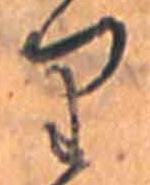
り